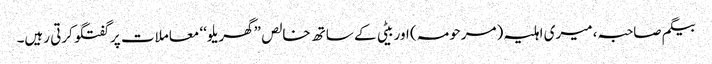
بیگم صاحبہ، میری اہلیہ (مرحومہ) اور بیٹی کے ساتھ خالص ”گھریلو‘‘ معاملات پر گفتگو کرتی رہیں۔